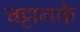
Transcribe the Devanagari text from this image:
चट्टानके